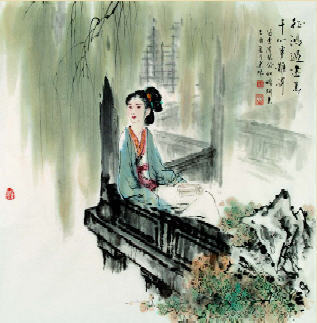
春到南楼雪尽。惊动灯期花信。